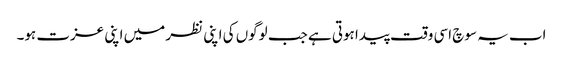
اب یہ سوچ اسی وقت پیدا ہوتی ہے جب لوگوں کی اپنی نظر میں اپنی عزت ہو۔